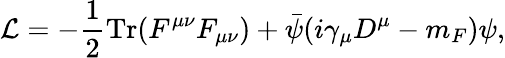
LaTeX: {\cal L}=-\frac{1}{2}\mathrm{Tr}(F^{\mu\nu}F_{\mu\nu})+\bar{\psi}(i\gamma_{\mu}D^{\mu}-m_{F})\psi,